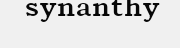
synanthy